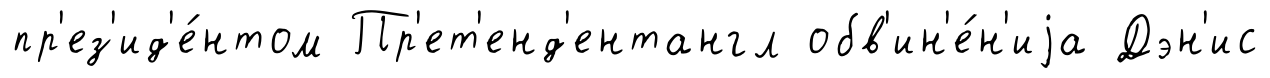
пр'ез'ид'е́нтом Пр'ет'енд'ентангл обв'ин'е́н'иjа Дэн'ис